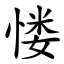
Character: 㥪